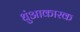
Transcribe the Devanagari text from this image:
धुंआकारक